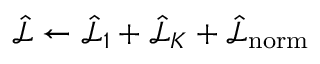
\hat { \mathcal { L } } \gets \hat { \mathcal { L } } _ { 1 } + \hat { \mathcal { L } } _ { K } + \hat { \mathcal { L } } _ { \mathrm { { n o r m } } }